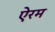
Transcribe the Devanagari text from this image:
ऐरम